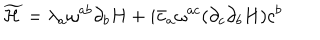
\widetilde { \cal H } = \lambda _ { a } \omega ^ { a b } \partial _ { b } H + i \bar { c } _ { a } \omega ^ { a c } ( \partial _ { c } \partial _ { b } H ) c ^ { b }